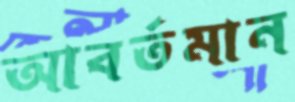
আবর্তমান